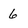
Character: 6